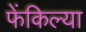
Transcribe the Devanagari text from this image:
फेंकिल्या